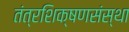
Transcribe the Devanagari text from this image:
तंत्रशिक्षणसंस्था